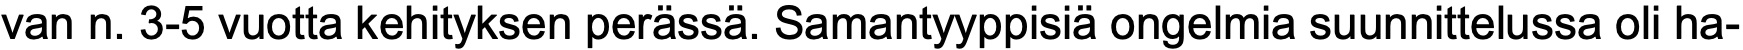
van n. 3-5 vuotta kehityksen perässä. Samantyyppisiä ongelmia suunnittelussa oli ha-